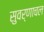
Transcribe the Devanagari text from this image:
सुवर्णाचल